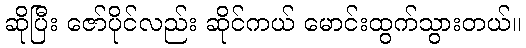
ဆိုပြီး ဇော်ပိုင်လည်း ဆိုင်ကယ် မောင်းထွက်သွားတယ်။